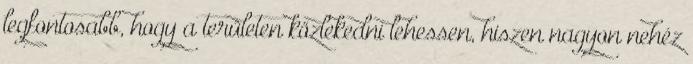
legfontosabb, hogy a területen közlekedni lehessen, hiszen nagyon nehéz